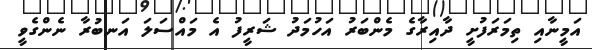
އަމީނާއި ތިމަރަފުށީ ދާއިރާގެ މެންބަރު އަހުމަދު ޝަރީފު އެ މައްސަލަ އަނބުރާ ނެންގެވީ